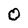
Character: 0